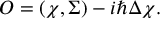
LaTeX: { \cal O } = ( \chi , \Sigma ) - i \hbar \Delta \chi .